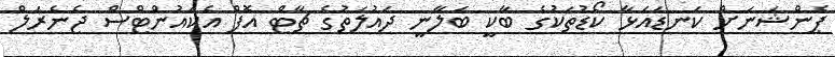
ޕެންޝަނަށް ކަނޑައަޅާ ކޯޑުތަކުގެ ބާކީ ބަލާނީ ދައުލަތުގެ ޗާޓް އޮފް އެކައުންޓްސް ޖެނެރަލް